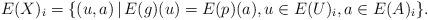
LaTeX: \begin{align*}E(X)_i=\{(u,a)\,|\, E(g)(u)=E(p)(a), u\in E(U)_i, a\in E(A)_i\}.\end{align*}